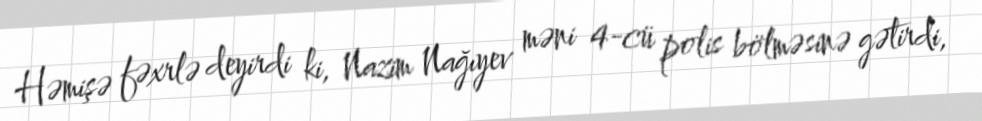
Həmişə fəxrlə deyirdi ki, Nazim Nağıyev məni 4-cü polis bölməsinə gətirdi,